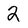
Character: 2